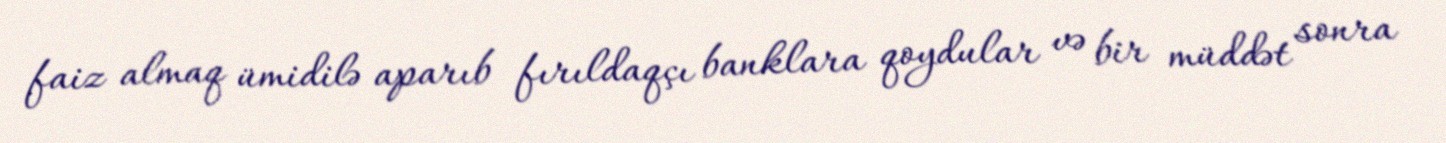
faiz almaq ümidilə aparıb fırıldaqçı banklara qoydular və bir müddət sonra